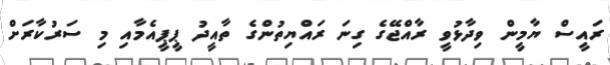
ރައީސް ޔާމީން ވިދާޅުވީ ރާއްޖޭގެ ގިނަ ރައްޔިތުންގެ ތާއީދު ޕީޕީއެމާއި މި ސަރުކާރަށް